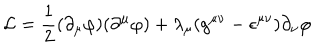
{ \cal L } = \frac { 1 } { 2 } ( \partial _ { \mu } \varphi ) ( \partial ^ { \mu } \varphi ) + \lambda _ { \mu } ( g ^ { \mu \nu } - \epsilon ^ { \mu \nu } ) \partial _ { \nu } \varphi